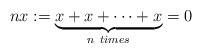
LaTeX: \begin{align*}nx:=\underbrace{x+x+\dots+x}_{n ~ times}=0\end{align*}